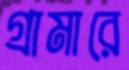
গ্রামারে